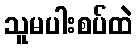
သူမပါးစပ်ထဲ